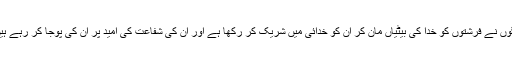
اس سے یہ بات نکلی کہ جن لوگوں نے فرشتوں کو خدا کی بیٹیاں مان کر ان کو خدائی میں شریک کر رکھا ہے اور ان کی شفاعت کی امید پر ان کی پوجا کر رہے ہیں وہ بالکل حماقت میں مبتلا ہیں۔